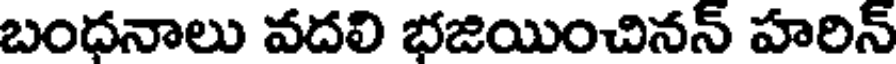
బంధనాలు వదలి భజియించినన్ హరిన్